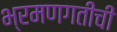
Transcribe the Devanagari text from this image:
भ्रमणगतीची